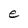
Character: e